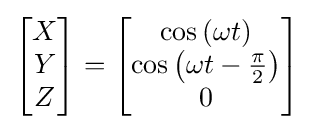
{\begin{bmatrix}X\\Y\\Z\end{bmatrix}}={\begin{bmatrix}\cos {\left(\omega t\right)}\\\cos {\left(\omega t-{\frac {\pi }{2}}\right)}\\0\end{bmatrix}}